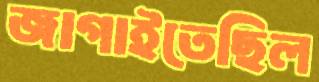
জাগাইতেছিল